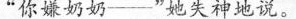
“你嫌奶奶——”她失神地说。